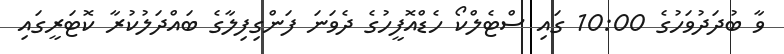
ވާ ބުދަދުވަހުގެ 10:00 ގައި ސްޓެލްކޯ ހެޑްއޮފީހުގެ ދެވަނަ ފަންގިފިލާގެ ބައްދަލުކުރާ ކޮޓަރީގައި